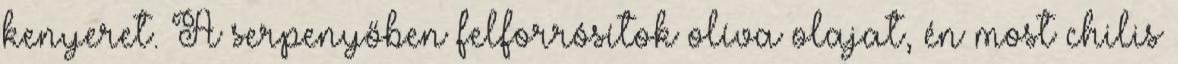
kenyeret. A serpenyőben felforrósítok olíva olajat, én most chilis